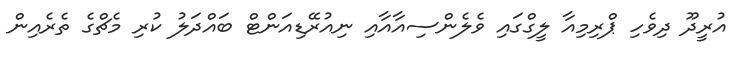
އުރީދޫ ދިވެހި ޕްރިމިއާ ލީގްގައި ވެލެންސިއާއާއި ނިއުރޭޑިއަންޓް ބައްދަލު ކުރި މެޗްގެ ތެރެއިން